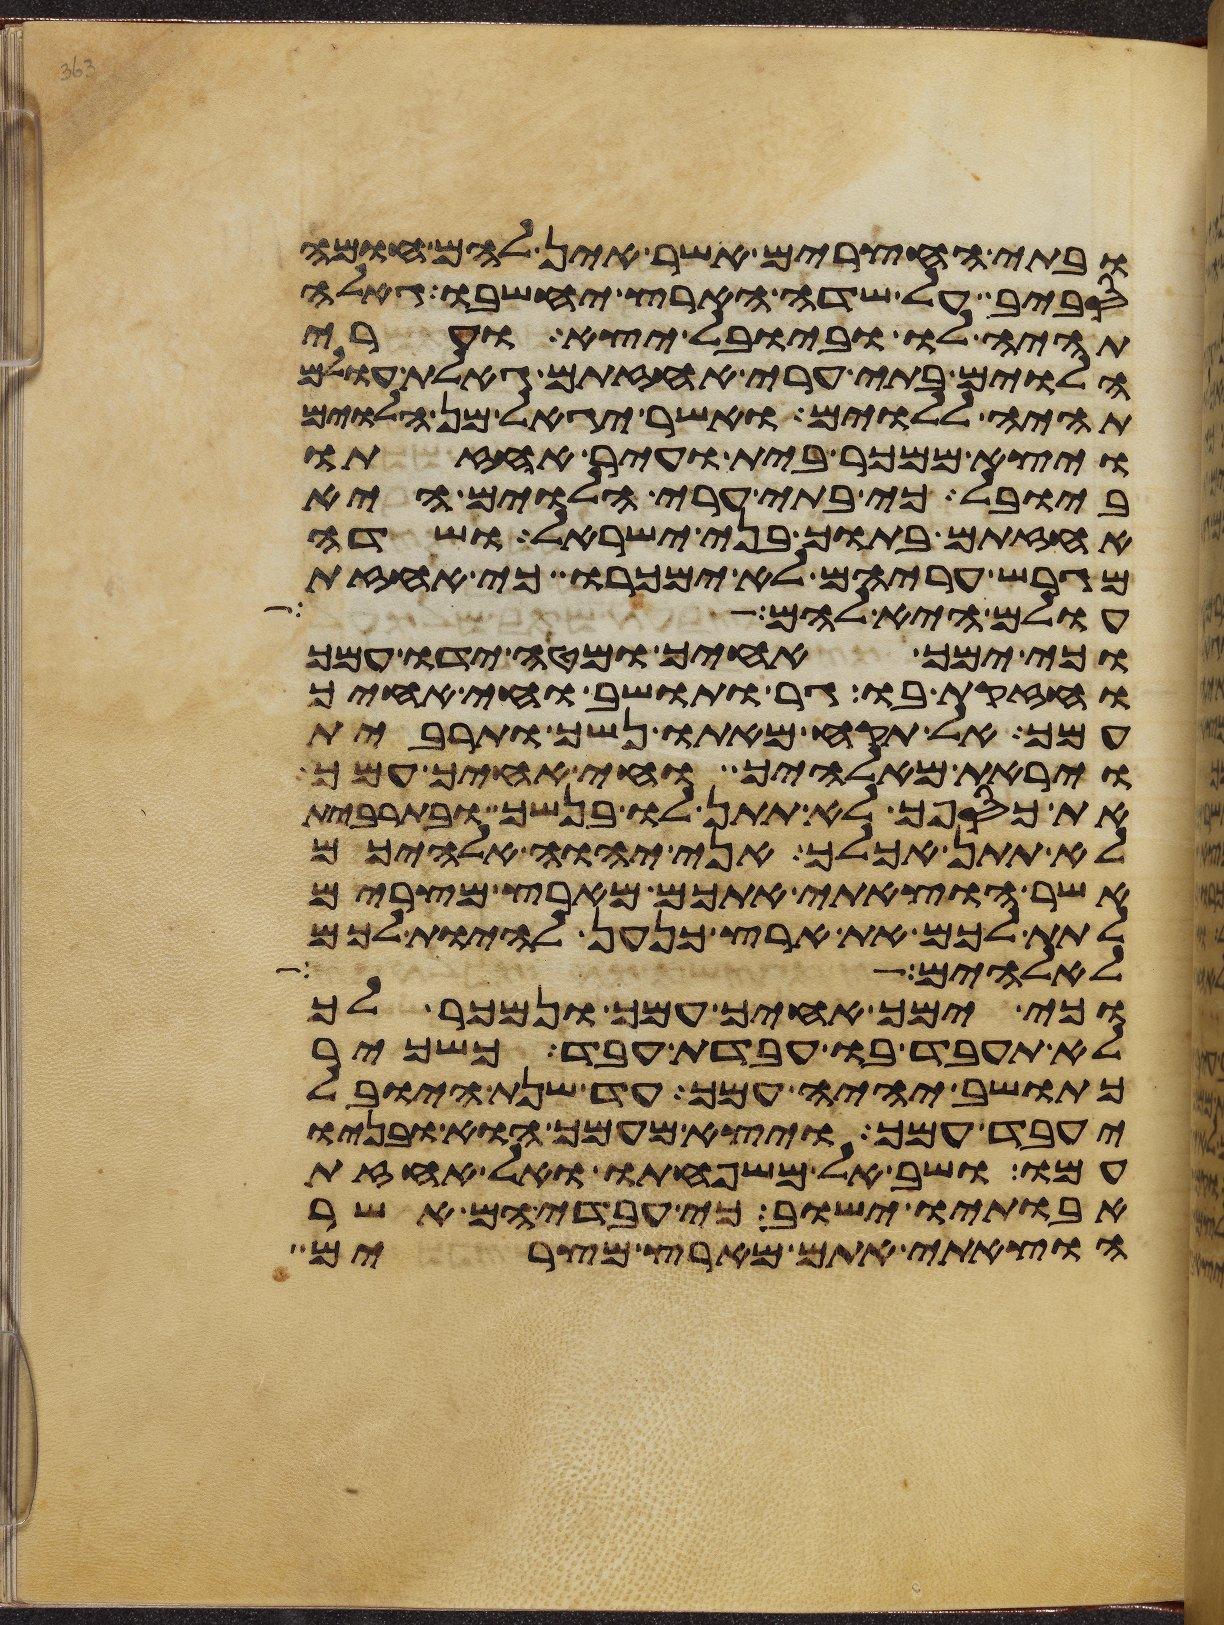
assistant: ובתי החצרים אשר אין להם חומה
סביב על שדה הארץ יחשבו גאלה
תהיה לו וביובל יצא וערי
הלוים בתי ערי אחזתם גאלת עולם
תהיה ללוים ואשר יגאל מן הלוים
ויצא ממכר בית ועיר אחזתו
ביובל כי בתי ערי הלוים היא
אחזתם בתוך בני ישראל ושדה
מגרש עריהם לא ימכרו כי אחזת
עולם היא להם
וכי ימך אחיך ומטה ידו עמך
וחזקת בו גר ותושב וחי אחיך
עמך אל תקח מאתו נשך ותרבית
ויראת מאלהיך וחי אחיך עמך
את כספך לא תתן לו בנשך ובתרבית
לא תתן אכלך אני יהוה אלהיכם
אשר הוצאתי אתכם מארץ מצרים
לתת לכם את ארץ כנען להיות לכם
אלהים על הארץ
וכי ימך אחיך עמך ונמכר לך
לא תעבד בו עבדת עבד כשכיר
כתושב יהיה עמך עד שנת היובל
יעבד עמך ויצא מעמך הוא ובניו
עמו ושב אל משפחתו ואל אחזת
אבתיו ישוב כי עבדיהם אשר
הוצאתי אתם מארץ מצרים